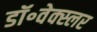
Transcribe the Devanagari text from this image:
डॉ॰वेक्स्लर